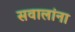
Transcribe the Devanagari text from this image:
सवालांना